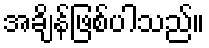
အချိန်ဖြစ်ပါသည်။